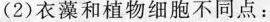
(2)衣藻和植物细胞不同点：